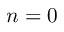
n = 0